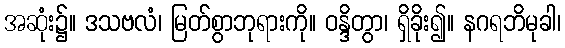
အဆုံး၌။ ဒသဗလံ၊ မြတ်စွာဘုရားကို။ ဝန္ဒိတွာ၊ ရှိခိုး၍။ နဂရဘိမုခါ၊